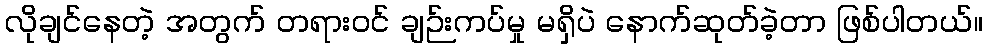
လိုချင်နေတဲ့ အတွက် တရားဝင် ချဉ်းကပ်မှု မရှိပဲ နောက်ဆုတ်ခဲ့တာ ဖြစ်ပါတယ်။